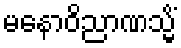
မနောဝိညာဏသ္မိံ